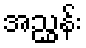
အညွှန်း